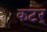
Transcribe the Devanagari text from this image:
कटर्‌